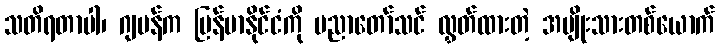
သတိရတာပါ၊ ဂျပန်က မြန်မာနိုင်ငံကို ပညာတော်သင် လွှတ်ထားတဲ့ အမျိုးသားတစ်ယောက်